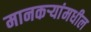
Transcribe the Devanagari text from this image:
मानकर्‍यांमधील